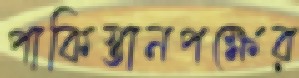
পাকিস্তানপক্ষের